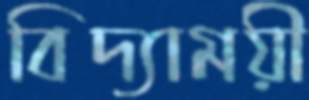
বিদ্যাময়ী